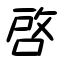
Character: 啓